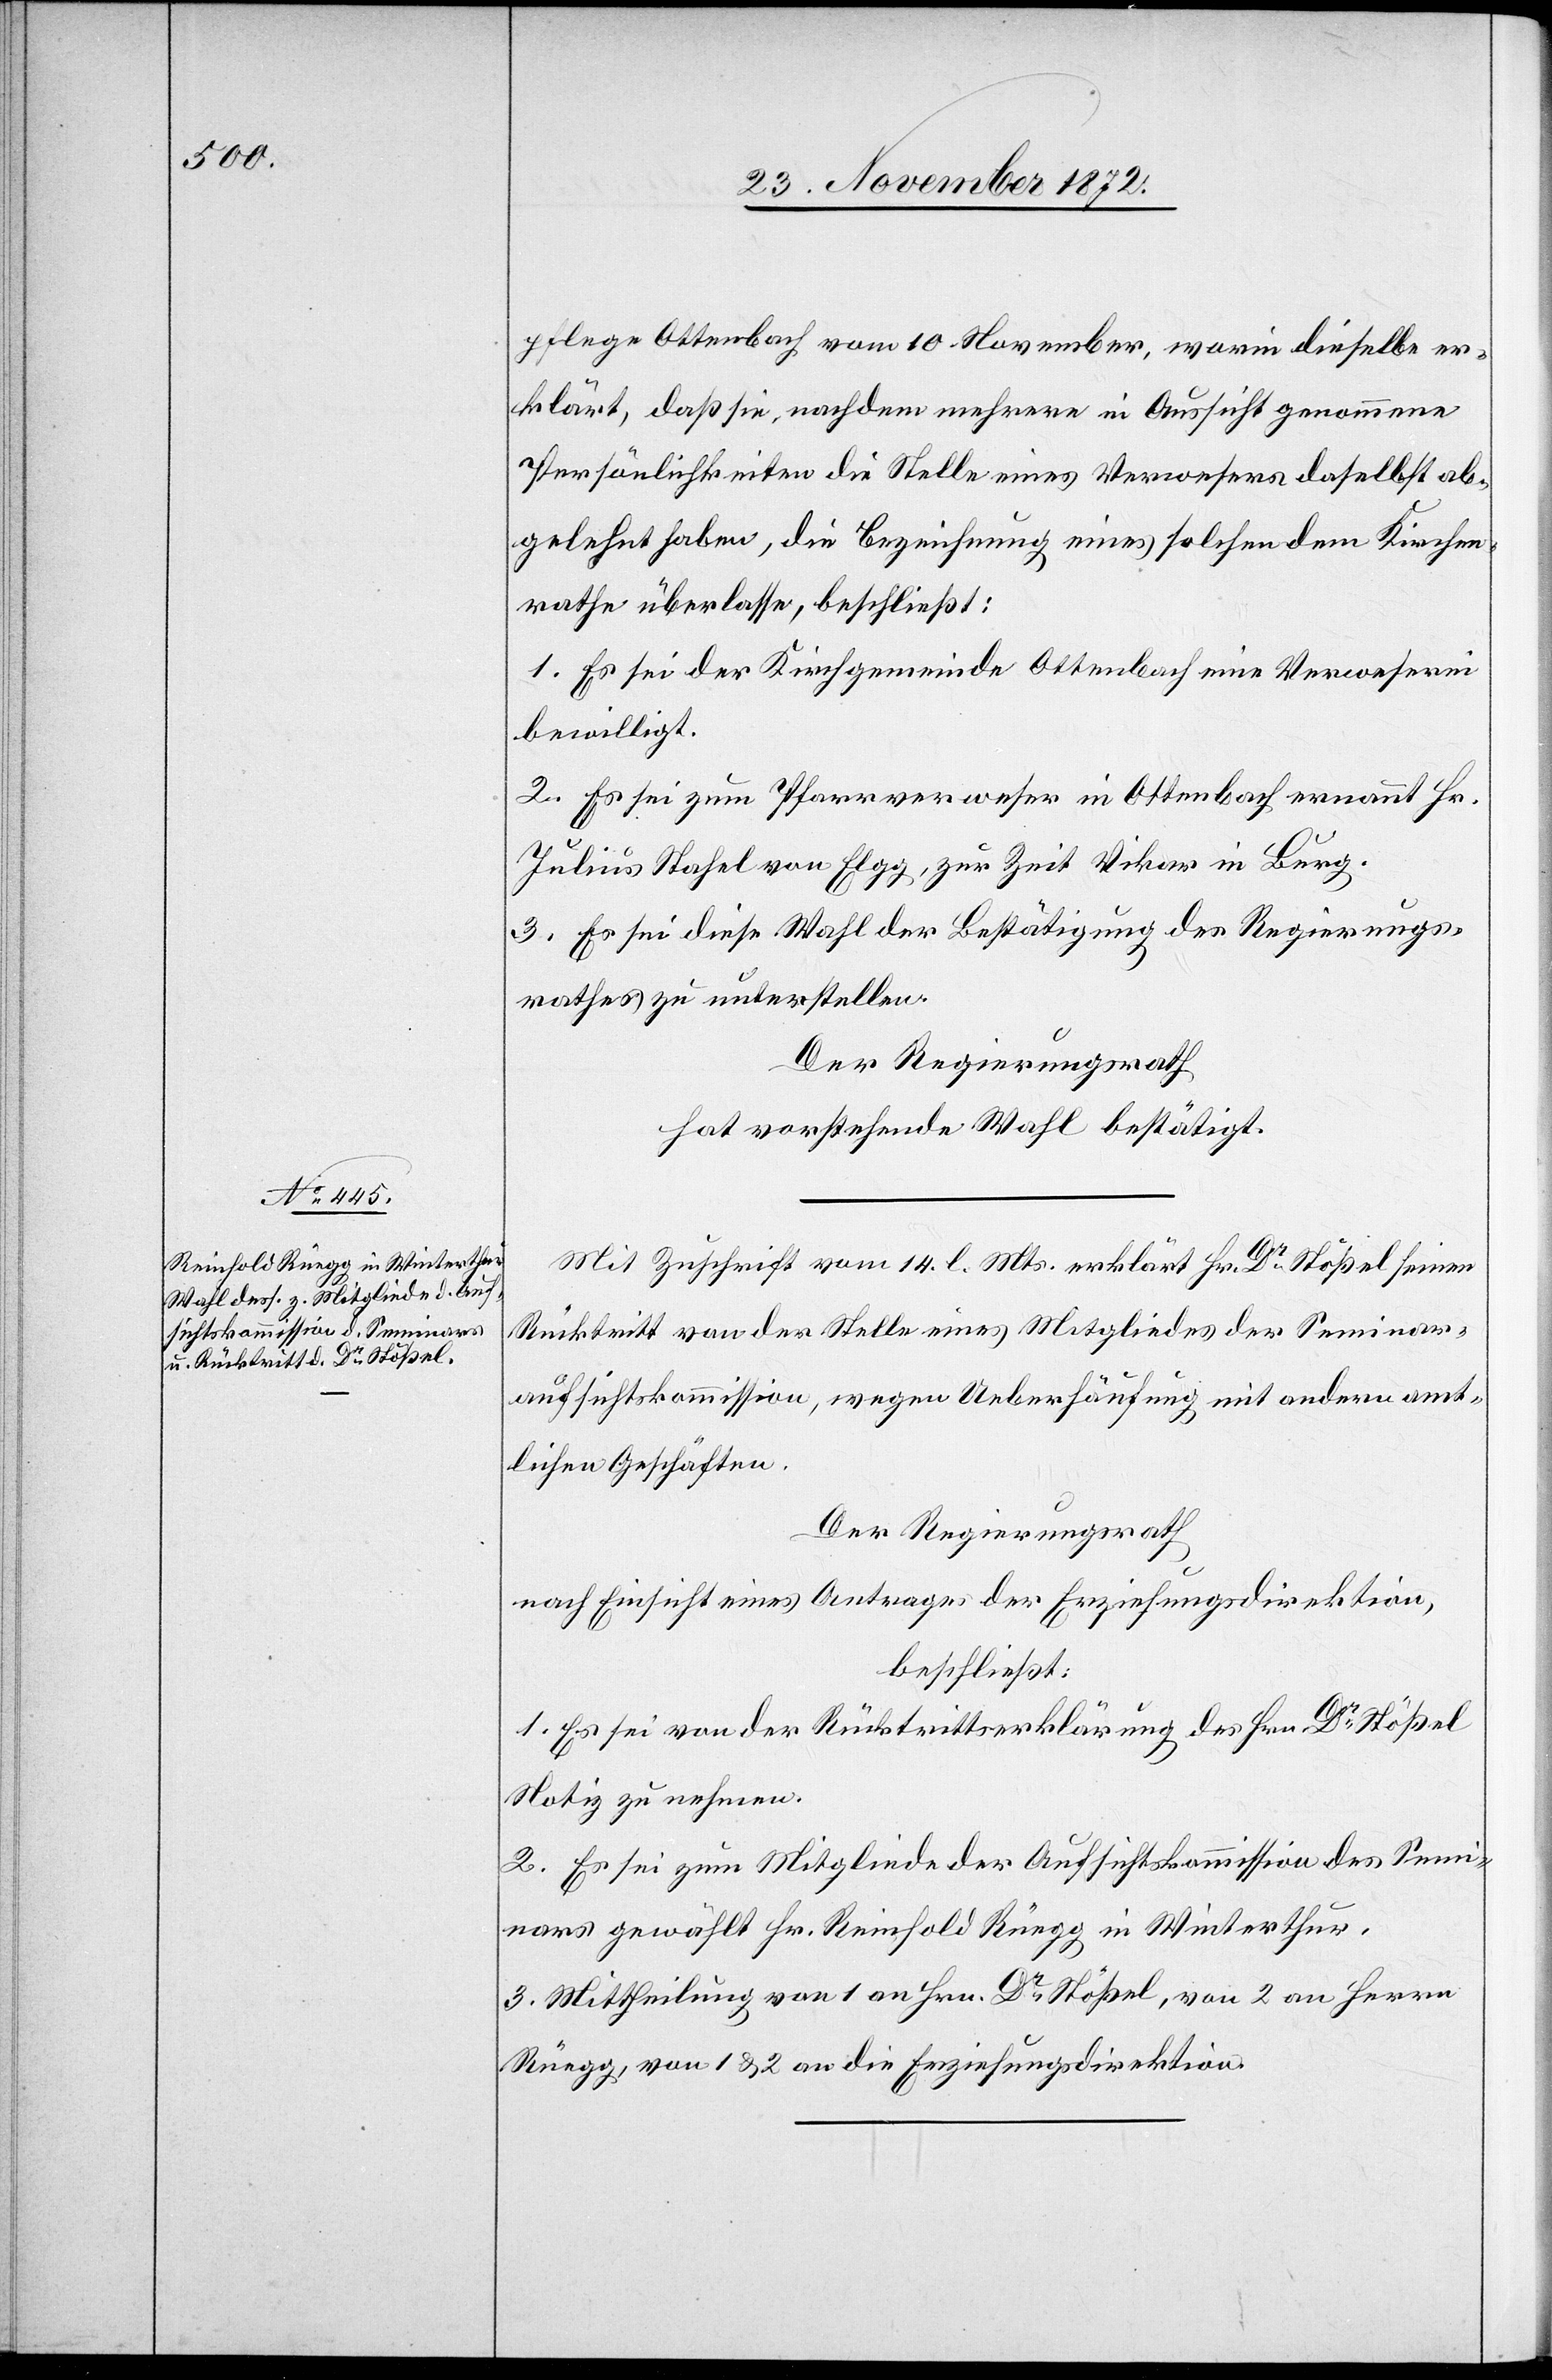
pflege Ottenbach vom 10. November, worin dieselbe er¬
klärt, daß sie, nachdem mehrere in Aussicht genommene
Persönlichkeiten die Stelle eines Verwesers daselbst ab¬
gelehnt haben, die Bezeichnung eines solchen dem Kirchen¬
rathe überlassen, beschließt:
1. Es sei der Kirchgemeinde Ottenbach eine Verweserei
bewilligt.
2. Es sei zum Pfarrverweser in Ottenbach ernannt Hr.
Julius Stahel von Elgg, zur Zeit Vikar in Burg.
3. Es sei diese Wahl der Bestätigung des Regierungs¬
rathes zu unterstellen.
Der Regierungsrath
hat vorstehende Wahl bestätigt.
Mit Zuschrift vom 14. l. Mts. erklärt Hr. Dr Stößel seinen
Rücktritt von der Stelle eines Mitgliedes der Seminar¬
aufsichtskommission, wegen Ueberhäufung mit andern amt¬
lichen Geschäften.
Der Regierungsrath
nach Einsicht eines Antrages der Erziehungsdirektion,
beschließt:
1. Es sei von der Rücktrittserklärung des Hrn. Dr Stößel
Notiz zu nehmen.
2. Es sei zum Mitgliede der Aufsichtskommission des Semi¬
nars gewählt Hr. Reinhold Rüegg in Winterthur.
3. Mittheilung von 1 an Hrn. Dr Stößel, von 2 an Herrn
Rüegg, von 1 u. 2 an die Erziehungsdirektion.